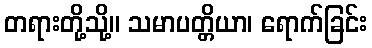
တရားတို့သို့။ သမာပတ္တိယာ၊ ရောက်ခြင်း